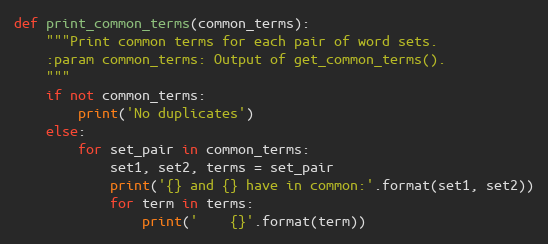
Language: Python
def print_common_terms(common_terms):
    """Print common terms for each pair of word sets.
    :param common_terms: Output of get_common_terms().
    """
    if not common_terms:
        print('No duplicates')
    else:
        for set_pair in common_terms:
            set1, set2, terms = set_pair
            print('{} and {} have in common:'.format(set1, set2))
            for term in terms:
                print('    {}'.format(term))